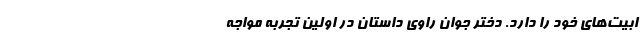
ابیت‌های خود را دارد. دختر جوانِ راوی داستان در اولین تجربه مواجه